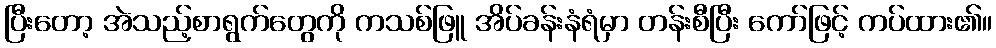
ပြီးတော့ အဲသည့်စာရွက်တွေကို ကသစ်ဖြူ အိပ်ခန်းနံရံမှာ တန်းစီပြီး ကော်ဖြင့် ကပ်ထား၏။